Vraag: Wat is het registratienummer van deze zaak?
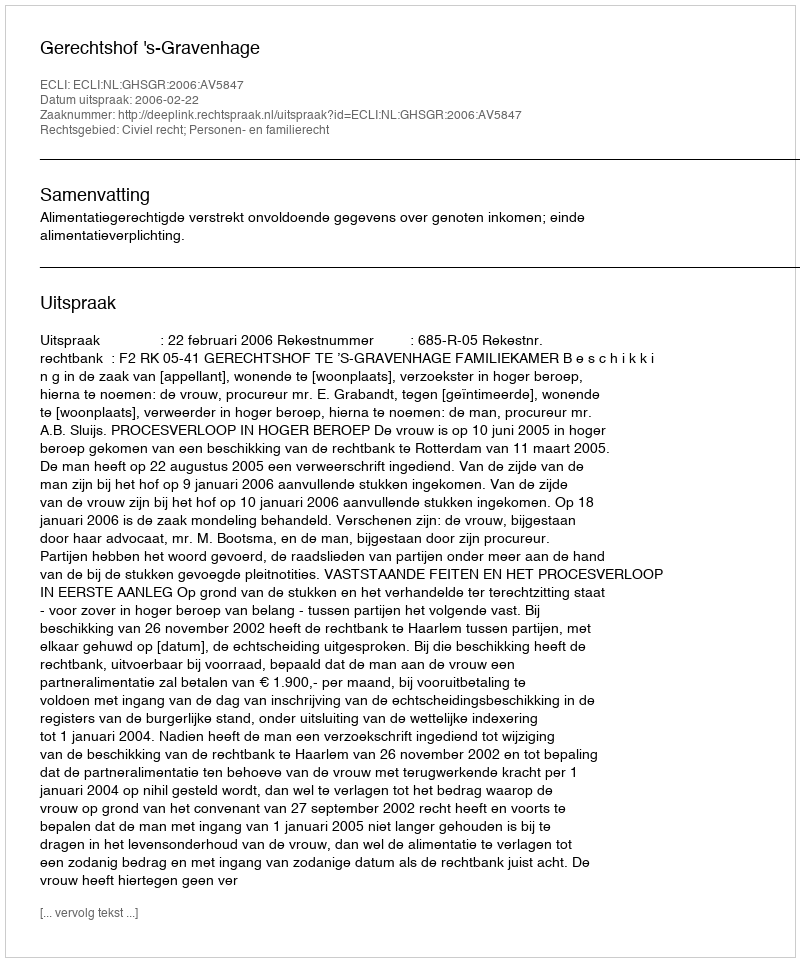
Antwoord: http://deeplink.rechtspraak.nl/uitspraak?id=ECLI:NL:GHSGR:2006:AV5847